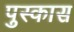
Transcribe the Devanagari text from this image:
पुस्कास